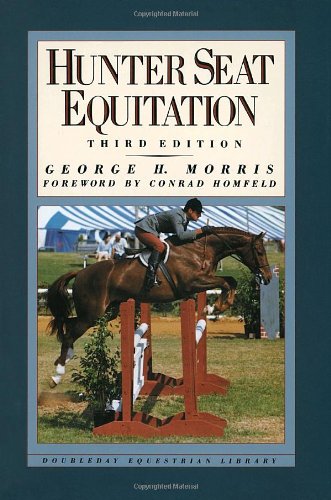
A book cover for Hunter Seat Equitation; George H. Morris; Crafts, Hobbies & Home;